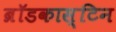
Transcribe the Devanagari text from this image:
ब्रॉडकास्टिन